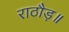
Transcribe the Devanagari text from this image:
राठौड़॥